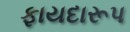
ફાયદારૂપ